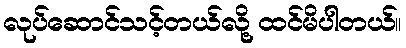
လုပ်ဆောင်သင့်တယ်လို့ ထင်မိပါတယ်။